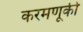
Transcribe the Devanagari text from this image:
करमणूकी